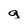
Character: g